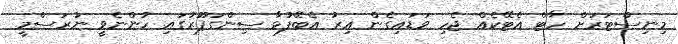
މިނިސްޓަރަށް ހާޓް އެޓޭކެއް ޖެހި ވަޑައިގެން އިރު އެބޭފުޅާ ސިންގަޕޫރުގައި ހުންނެވީ ނުރަސްމީ